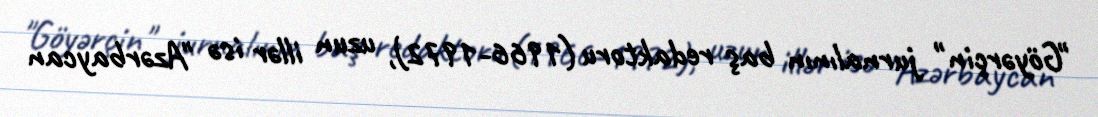
"Göyərçin" jurnalının baş redaktoru (1966-1972), uzun illər isə "Azərbaycan